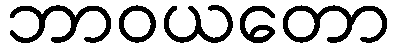
ဘာဝယတော